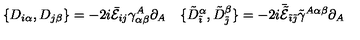
\begin{array} { c c } { \displaystyle { \{ D _ { i \alpha } , D _ { j \beta } \} = - 2 i \bar { \cal E } _ { i j } \gamma _ { \alpha \beta } ^ { A } \partial _ { A } } } & { \displaystyle { \{ \tilde { D } _ { \tilde { \imath } } ^ { \alpha } , \tilde { D } _ { \tilde { \jmath } } ^ { \beta } \} = - 2 i \bar { \tilde { \cal E } } _ { \tilde { \imath } \tilde { \jmath } } \tilde { \gamma } ^ { A \alpha \beta } \partial _ { A } } } \\ \end{array}